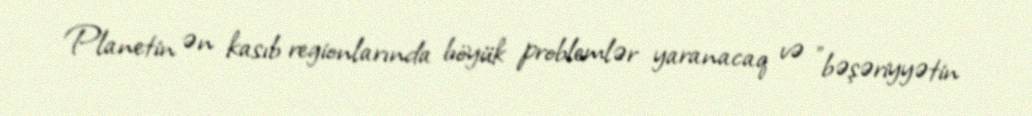
Planetin ən kasıb regionlarında böyük problemlər yaranacaq və "bəşəriyyətin